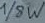
Text: 1/8W